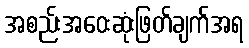
အစည်းအဝေးဆုံးဖြတ်ချက်အရ